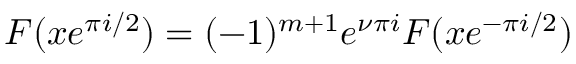
F ( x e ^ { \pi i / 2 } ) = ( - 1 ) ^ { m + 1 } e ^ { \nu \pi i } F ( x e ^ { - \pi i / 2 } )